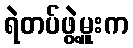
ရဲတပ်ဖွဲ့မှူးက